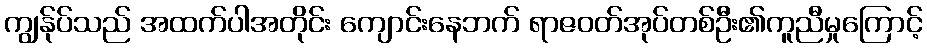
ကျွန်ုပ်သည် အထက်ပါအတိုင်း ကျောင်းနေဘက် ရာဇဝတ်အုပ်တစ်ဦး၏ကူညီမှုကြောင့်